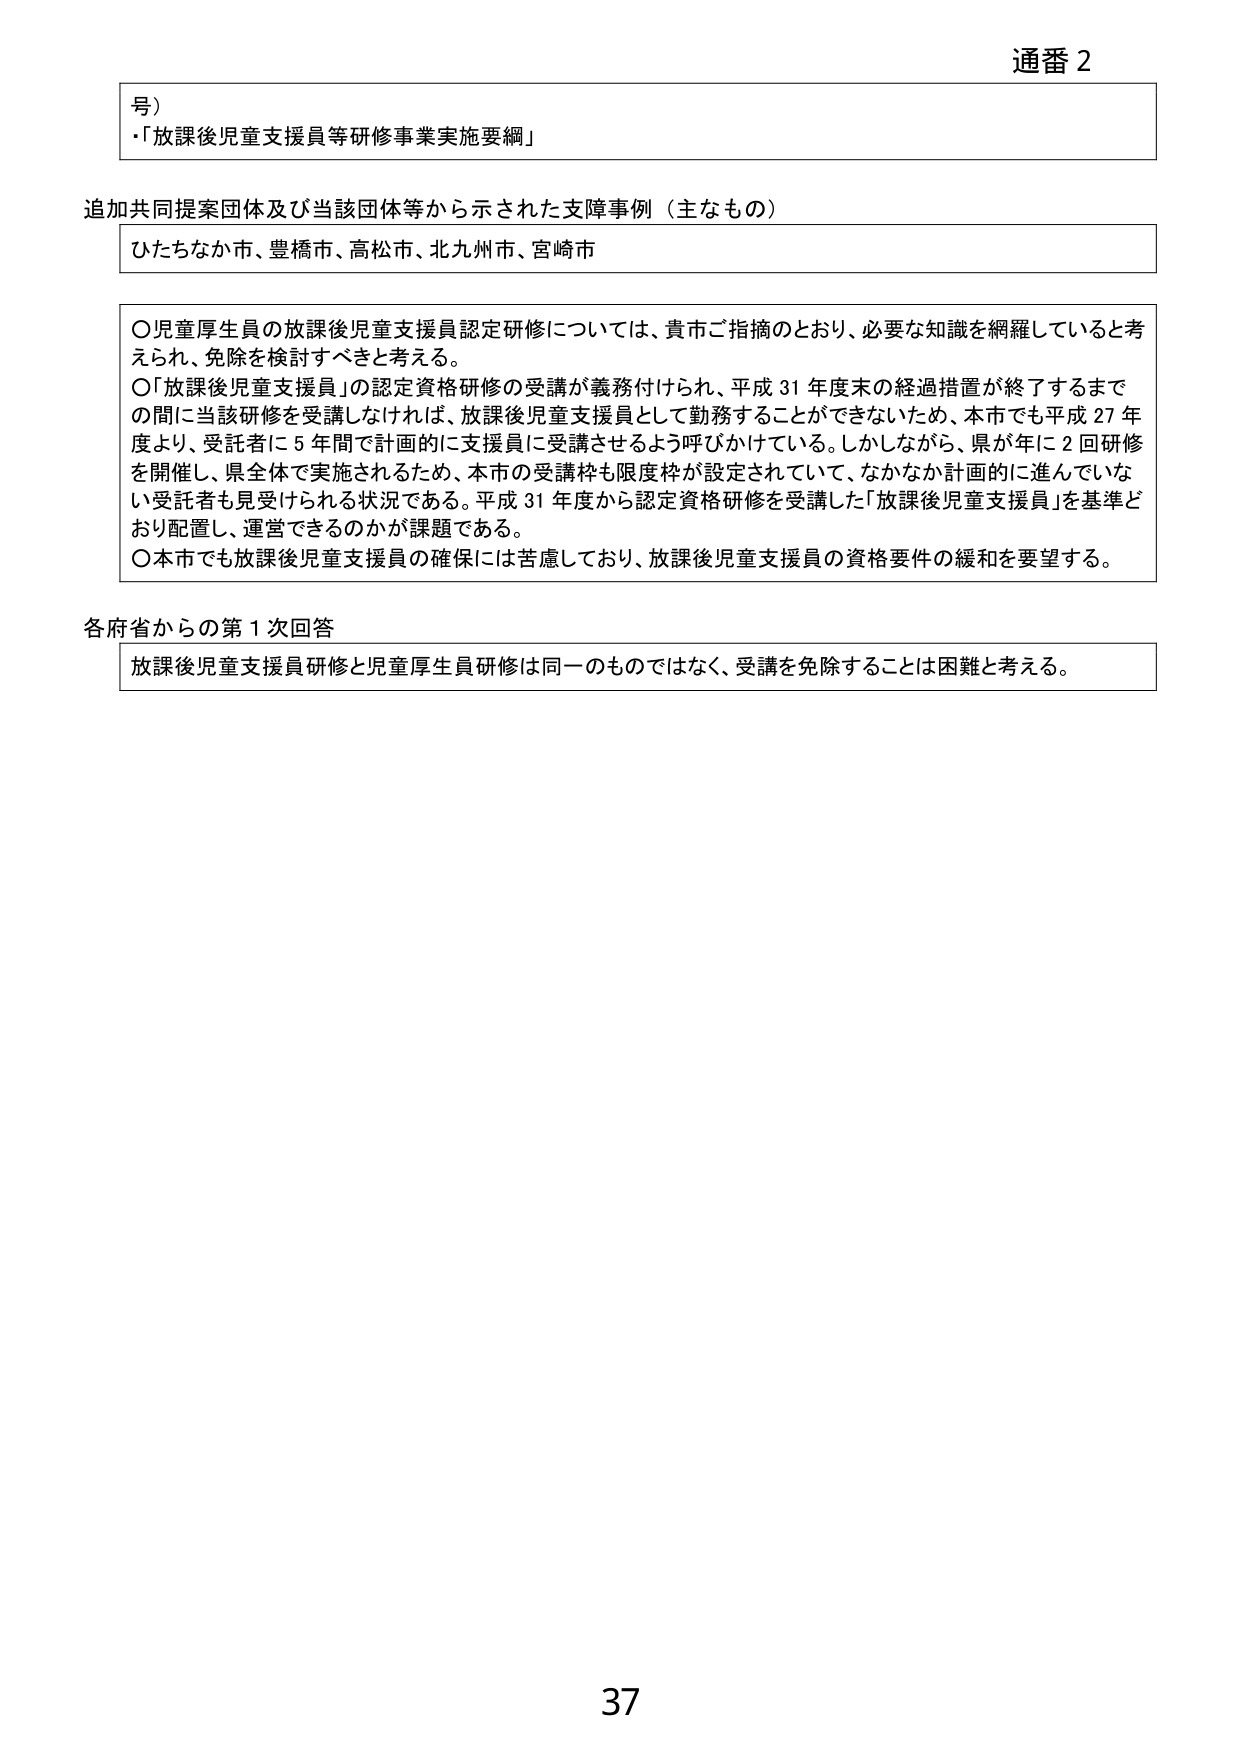
通番 2

号）
・「放課後児童支援員等研修事業実施要綱」

追加共同提案団体及び当該団体等から示された支障事例（主なもの）
ひたちなか市、豊橋市、高松市、北九州市、宮崎市

〇児童厚生員の放課後児童支援員認定研修については、貴市ご指摘のとおり、必要な知識を網羅していると考えられ、免除を検討すべきと考える。
〇「放課後児童支援員」の認定資格研修の受講が義務付けられ、平成31年度末の経過措置が終了するまでの間に当該研修を受講しなければ、放課後児童支援員として勤務することができないため、本市でも平成27年度より、受託者に5年間で計画的に支援員に受講させるよう呼びかけている。しかしながら、県が年に2回研修を開催し、県全体で実施されるため、本市の受講枠も限度枠が設定されていて、なかなか計画的に進んでいない受託者も見受けられる状況である。平成31年度から認定資格研修を受講した「放課後児童支援員」を基準どおり配置し、運営できるのかが課題である。
〇本市でも放課後児童支援員の確保には苦慮しており、放課後児童支援員の資格要件の緩和を要望する。

各府省からの第1次回答
放課後児童支援員研修と児童厚生員研修は同一のものではなく、受講を免除することは困難と考える。

37